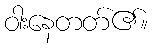
ဝါးနေတတ်၏။